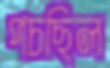
পচছিল